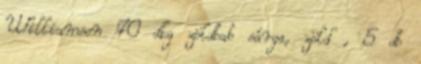
Williamson 70 dkg zöldbab sárga, zöld , 5 db